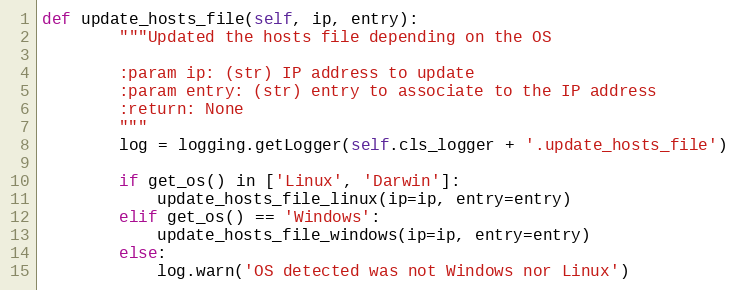
Language: Python
def update_hosts_file(self, ip, entry):
        """Updated the hosts file depending on the OS

        :param ip: (str) IP address to update
        :param entry: (str) entry to associate to the IP address
        :return: None
        """
        log = logging.getLogger(self.cls_logger + '.update_hosts_file')

        if get_os() in ['Linux', 'Darwin']:
            update_hosts_file_linux(ip=ip, entry=entry)
        elif get_os() == 'Windows':
            update_hosts_file_windows(ip=ip, entry=entry)
        else:
            log.warn('OS detected was not Windows nor Linux')